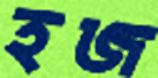
হজ